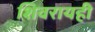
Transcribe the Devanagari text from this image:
शिवरायही